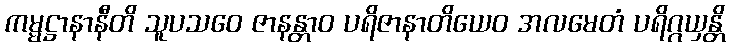
ကမ္မဋ္ဌာနာနီတိ သူပသဝေ ဇာနန္တာဝ ပရိဇာနာတိယေဝ အလမေတံ ပရိဂ္ဂယှန္တိ